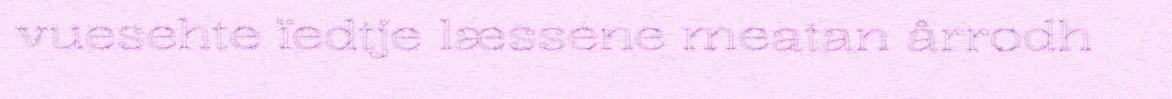
vuesehte ïedtje læssene meatan årrodh